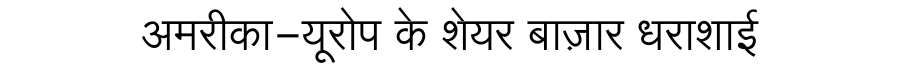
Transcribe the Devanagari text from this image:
अमरीका-यूरोप के शेयर बाज़ार धराशाई